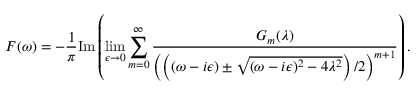
F ( \omega ) = - \frac { 1 } { \pi } \mathrm { I m } \left( \operatorname* { l i m } _ { \epsilon \to 0 } \sum _ { m = 0 } ^ { \infty } \frac { G _ { m } ( \lambda ) } { \left( \left( ( \omega - i \epsilon ) \pm \sqrt { ( \omega - i \epsilon ) ^ { 2 } - 4 \lambda ^ { 2 } } \right) / 2 \right) ^ { m + 1 } } \right) .